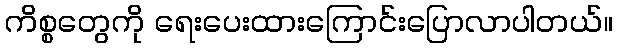
ကိစ္စတွေကို ရေးပေးထားကြောင်းပြောလာပါတယ်။